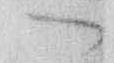
一